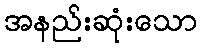
အနည်းဆုံးသော